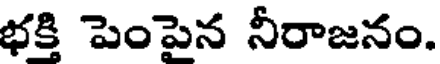
భక్తి పెంపైన నీరాజనం.